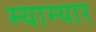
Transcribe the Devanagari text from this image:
म्याम्यार